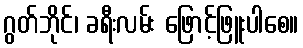
ဂွတ်ဘိုင်၊ ခရီးလမ်း ဖြောင့်ဖြူးပါစေ။